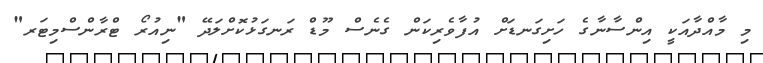
މި މާއްދާއަކީ އިންސާނާގެ ހަށިގަނޑަށް އުފާވެރިކަން ގެނެސް މޫޑް ރަނގަޅުކޮށްލަދޭ "ނިއުރޯ ޓްރާންސްމިޓަރ"